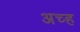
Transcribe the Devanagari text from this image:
अच्ह